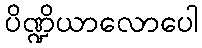
ပိဏ္ဍိယာလောပေါ